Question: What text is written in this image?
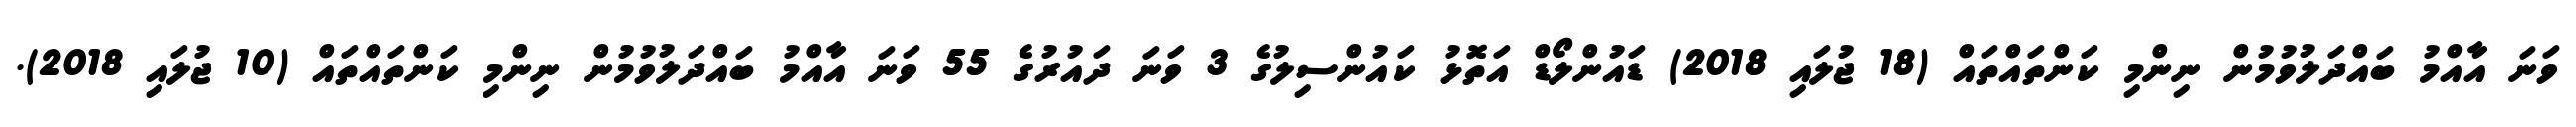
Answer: ވަނަ އާއްމު ބައްދަލުވުމުން ނިންމި ކަންތައްތައް (18 ޖުލައި 2018) ޑައުންލޯޑް އަތޮޅު ކައުންސިލުގެ 3 ވަނަ ދައުރުގެ 55 ވަނަ އާއްމު ބައްދަލުވުމުން ނިންމި ކަންތައްތައް (10 ޖުލައި 2018).